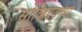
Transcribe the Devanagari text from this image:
सोव्हिएतच्या